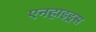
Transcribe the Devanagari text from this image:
एनहाइड्रस